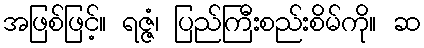
အဖြစ်ဖြင့်။ ရဇ္ဇံ၊ ပြည်ကြီးစည်းစိမ်ကို။ ဆ